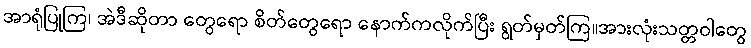
အာရုံပြုကြ၊ အဲဒီဆိုတာ တွေရော စိတ်တွေရော နောက်ကလိုက်ပြီး ရွတ်မှတ်ကြ။အားလုံးသတ္တဝါတွေ